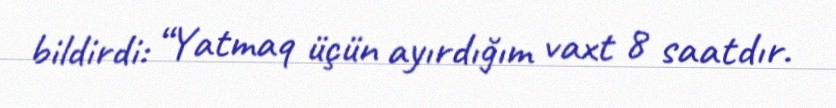
bildirdi: “Yatmaq üçün ayırdığım vaxt 8 saatdır.